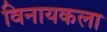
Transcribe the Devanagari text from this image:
विनायकला